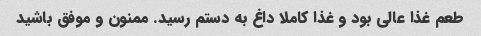
طعم غذا عالی بود و غذا کاملا داغ به دستم رسید. ممنون و موفق باشید